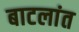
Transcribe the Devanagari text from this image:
बाटलांत